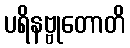
ပရိနဗ္ဗုတောတိ